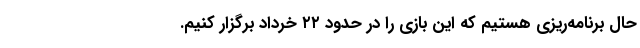
حال برنامه‌ریزی هستیم که این بازی را در حدود ۲۲ خرداد برگزار کنیم.